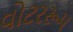
વોટરરૂમ